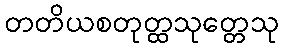
တတိယစတုတ္ထသုတ္တေသု